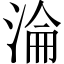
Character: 淪